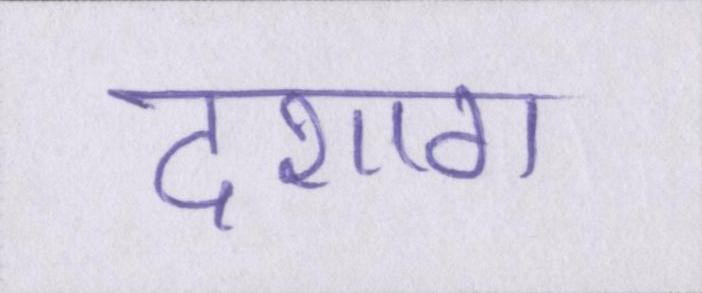
दशाॻ